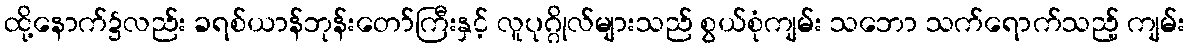
ထို့နောက်၌လည်း ခရစ်ယာန်ဘုန်းတော်ကြီးနှင့် လူပုဂ္ဂိုလ်များသည် စွယ်စုံကျမ်း သဘော သက်ရောက်သည့် ကျမ်း